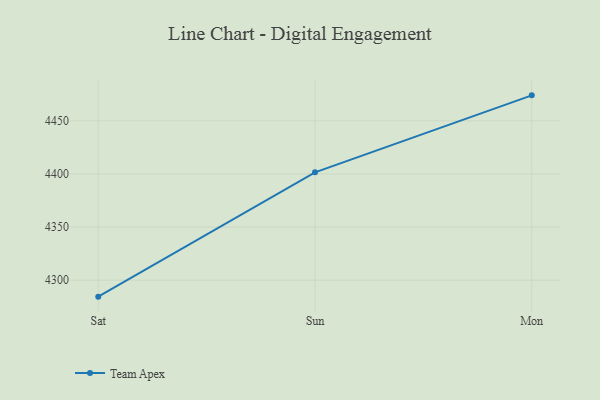
{"axis": {"x": "Day", "y": "Net Income (USD K)"}, "legend": ["Team Apex"], "data": [{"x": "Sat", "y": 4284.5, "type": "Team Apex"}, {"x": "Sun", "y": 4401.5, "type": "Team Apex"}, {"x": "Mon", "y": 4474.0, "type": "Team Apex"}]}